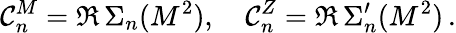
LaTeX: \mathcal{C}_{n}^{M}=\Re\, \Sigma_{n}(M^{2}),\quad\mathcal{C}_{n}^{Z}=\Re\, \Sigma_{n}^{\prime}(M^{2})\, .